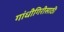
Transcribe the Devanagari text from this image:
गांधीगिरीसाठी